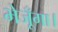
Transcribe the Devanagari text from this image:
भेजूँगा।